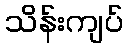
သိန်းကျပ်